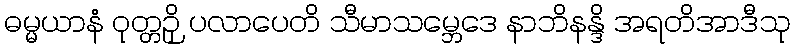
ဓမ္မယာနံ ဝုတ္တဉှိ ပလာပေတိ သီမာသမ္ဘေဒေ နာဘိနန္ဒိ အရတိအာဒီသု